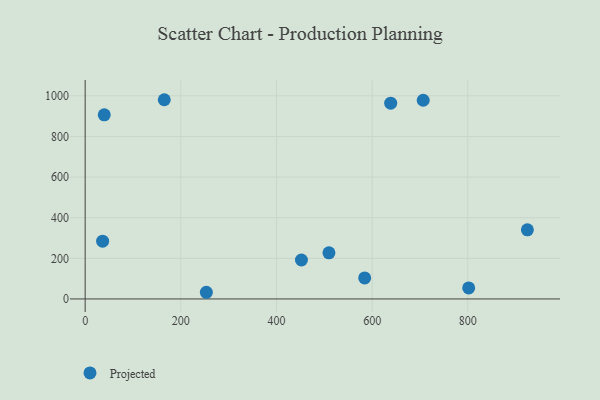
{"axis": {"x": "Investment", "y": "Demand"}, "legend": ["Projected"], "data": [{"x": "801.9", "y": 54.2, "type": "Projected"}, {"x": "706.8", "y": 978.4, "type": "Projected"}, {"x": "452.2", "y": 191.8, "type": "Projected"}, {"x": "584.4", "y": 103.5, "type": "Projected"}, {"x": "39.9", "y": 906.7, "type": "Projected"}, {"x": "924.6", "y": 340.5, "type": "Projected"}, {"x": "253.4", "y": 32.8, "type": "Projected"}, {"x": "638.8", "y": 963.8, "type": "Projected"}, {"x": "36.5", "y": 284.3, "type": "Projected"}, {"x": "509.7", "y": 227.3, "type": "Projected"}, {"x": "165.4", "y": 981.0, "type": "Projected"}]}